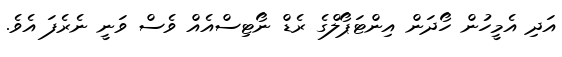
އަދި އެމީހުން ހޯދަން އިންޓަޕޯލްގެ ރެޑް ނޯޓިސްއެއް ވެސް ވަނީ ނެރެފަ އެވެ.